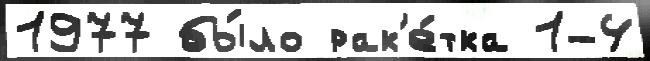
1977 бы́ло рак'е́тка 1-4